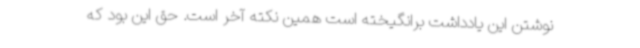
نوشتن این یادداشت برانگیخته است همین نکته آخر است. حق این بود که